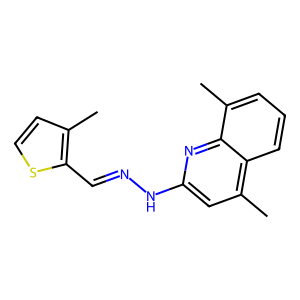
SMILES: Cc1ccsc1C=NNc1cc(C)c2cccc(C)c2n1
Inhibits HIV replication: No